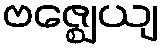
ဗဇ္ဈေယျ